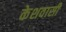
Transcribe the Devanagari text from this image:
केशवासी